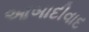
આબાદીવાદ